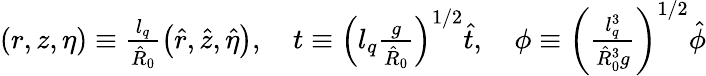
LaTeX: \begin{array}{r}{\left(r,z,\eta\right)\equiv\frac{l_{q}}{\hat{R}_{0}}\left(\hat{r},\hat{z},\hat{\eta}\right),\quad t\equiv{\left(l_{q}\frac{g}{\hat{R}_{0}}\right)}^{1/2}\hat{t},\quad\phi\equiv{\left(\frac{l_{q}^{3}}{\hat{R}_{0}^{3}g}\right)}^{1/2}\hat{\phi}}\end{array}